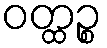
ဝတ္ထဉ္စ